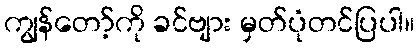
ကျွန်တော့်ကို ခင်ဗျား မှတ်ပုံတင်ပြပါ။